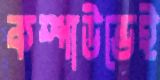
কম্পাউন্ডেই